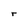
Character: r